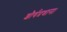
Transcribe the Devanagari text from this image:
शौर्यप्रधान।